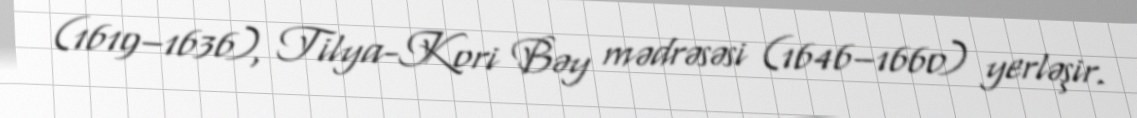
(1619–1636), Tilya-Kori Bəy mədrəsəsi (1646–1660) yerləşir.